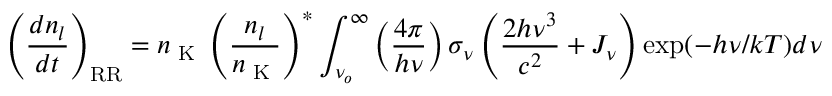
\left( \frac { d n _ { l } } { d t } \right) _ { \scriptsize \mathrm { R R } } = n \textsubscript { K } \left( \frac { n _ { l } } { n \textsubscript { K } } \right) ^ { * } \int _ { \nu _ { o } } ^ { \infty } \left( { \frac { 4 \pi } { h \nu } } \right) \sigma _ { \nu } \left( { \frac { 2 h \nu ^ { 3 } } { c ^ { 2 } } } + J _ { \nu } \right) \exp ( - h \nu / k T ) d \nu